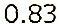
0.83